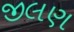
જીલણ